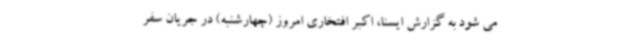
می شود به گزارش ایسنا، اکبر افتخاری امروز (چهارشنبه) در جریان سفر